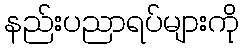
နည်းပညာရပ်များကို